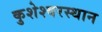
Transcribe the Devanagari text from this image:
कुशेश्वरस्थान